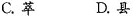
C.萃 D.县